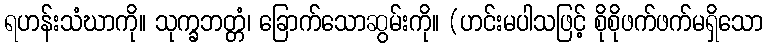
ရဟန်းသံဃာကို။ သုက္ခဘတ္တံ၊ ခြောက်သောဆွမ်းကို။ (ဟင်းမပါသဖြင့် စိုစိုဖက်ဖက်မရှိသော